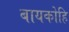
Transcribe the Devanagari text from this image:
बायकोहि